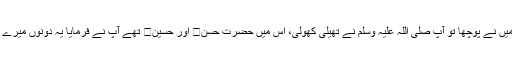
میں نے محسوس کیا آپ کچھ اٹھائے ہوئے ہیں میں نے پوچھا تو آپ صلی اللہ علیہ وسلم نے تھیلی کھولی، اس میں حضرت حسن اور حسین تھے آپ نے فرمایا یہ دونوں میرے بیٹے ہیں اور میری بیٹی کے بیٹے ہیں اے اللہ !